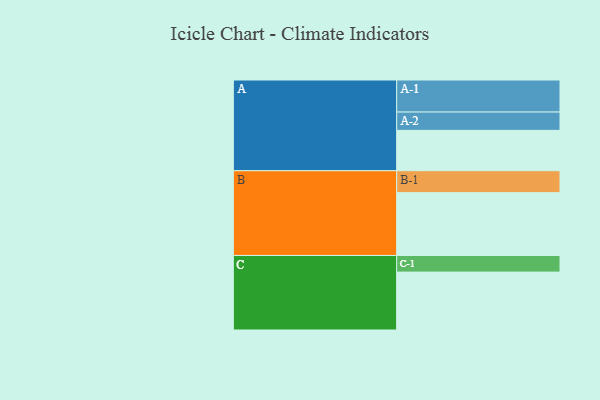
{"axis": {"x": "Segment", "y": "Value"}, "legend": ["", "A", "B", "C"], "data": [{"x": "A", "y": 359, "type": ""}, {"x": "B", "y": 559, "type": ""}, {"x": "C", "y": 515, "type": ""}, {"x": "A-1", "y": 285, "type": "A"}, {"x": "A-2", "y": 163, "type": "A"}, {"x": "B-1", "y": 195, "type": "B"}, {"x": "C-1", "y": 148, "type": "C"}]}